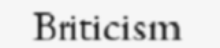
Briticism